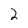
Character: 2